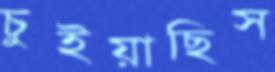
চুইয়াছিস